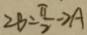
2 B = \frac { \pi } { 2 } - 2 A